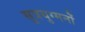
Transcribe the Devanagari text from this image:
सुत्रयुग्मनों